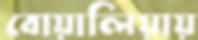
বোয়ালিয়ায়